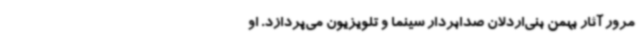
مرور آثار بهمن بنی‌اردلان صدابردار سینما و تلویزیون می‌پردازد. او